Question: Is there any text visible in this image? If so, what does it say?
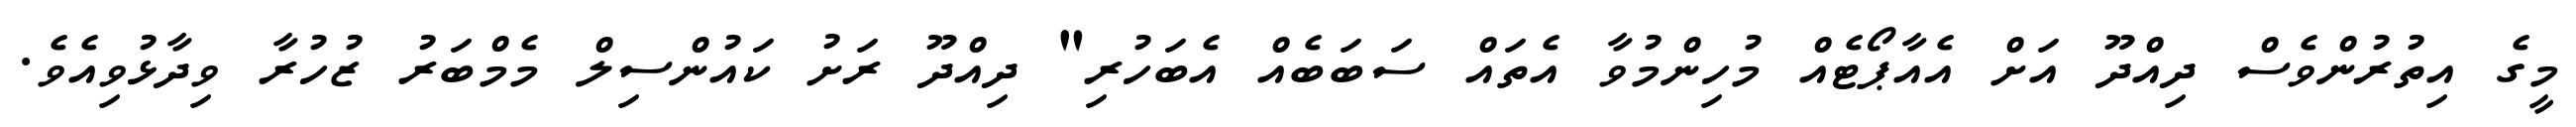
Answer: މީގެ އިތުރުންވެސް ދިއްދޫ އަށް އެއާޕޯޓެއް މުހިންމުވާ އެތައް ސަބަބެއް އެބަހުރި" ދިއްދޫ ރަށު ކައުންސިލް މެމްބަރު ޒުހުރާ ވިދާޅުވިއެވެ.